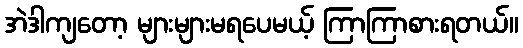
အဲဒါကျတော့ များများမရပေမယ့် ကြာကြာစားရတယ်။